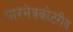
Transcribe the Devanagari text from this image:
पारनेत्रकोटरीय